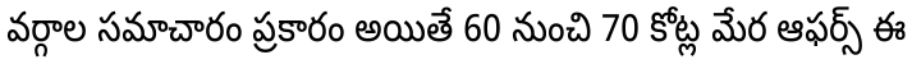
వర్గాల సమాచారం ప్రకారం అయితే 60 నుంచి 70 కోట్ల మేర ఆఫర్స్ ఈ